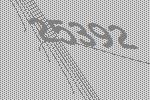
25392